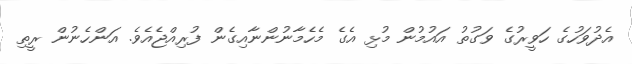
އެދުވަހުގެ ހަވީރުގެ ވަގުތު އައުމުން މުޅި އެގެ މެހެމާނުންނާއިގެން ފުރިއްޖެއެވެ. އަންހެނުން ރީތި